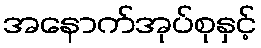
အနောက်အုပ်စုနှင့်